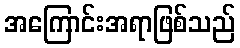
အကြောင်းအရာဖြစ်သည်